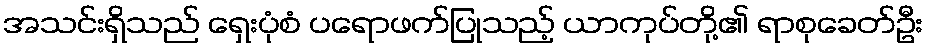
အသင်းရှိသည် ရှေးပုံစံ ပရောဖက်ပြုသည့် ယာကုပ်တို့၏ ရာစုခေတ်ဦး